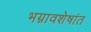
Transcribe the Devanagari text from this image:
भग्नावशेषांत